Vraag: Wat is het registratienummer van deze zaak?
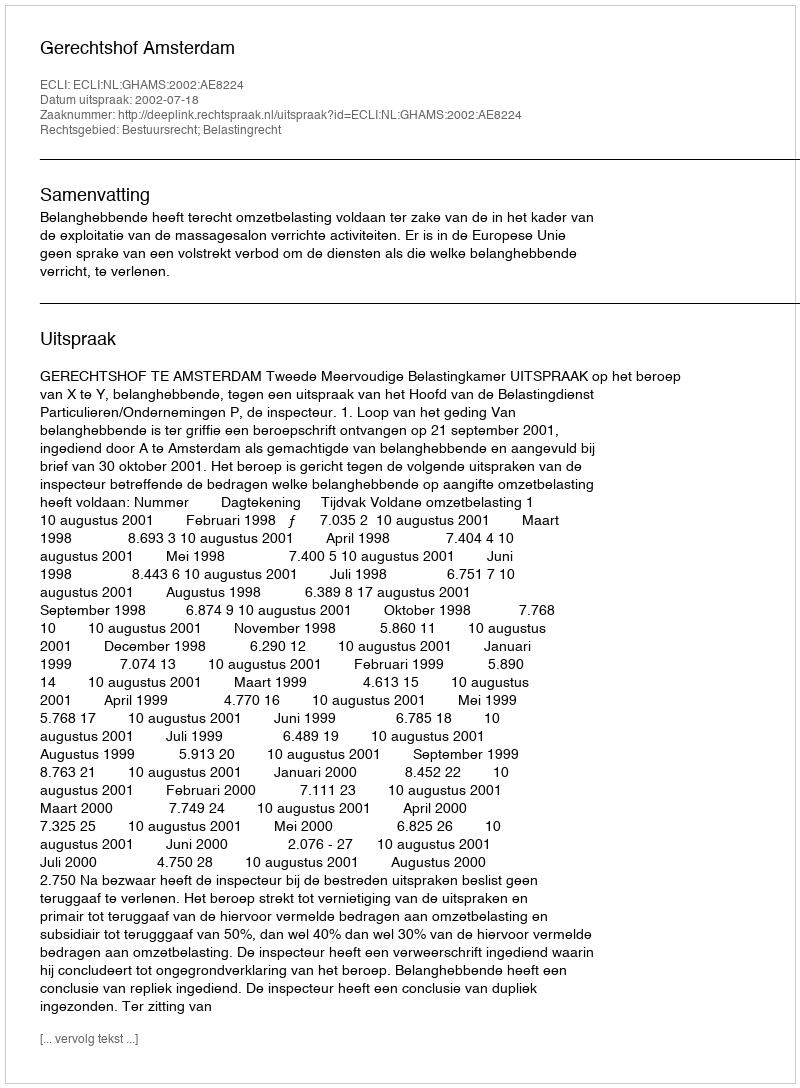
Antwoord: http://deeplink.rechtspraak.nl/uitspraak?id=ECLI:NL:GHAMS:2002:AE8224